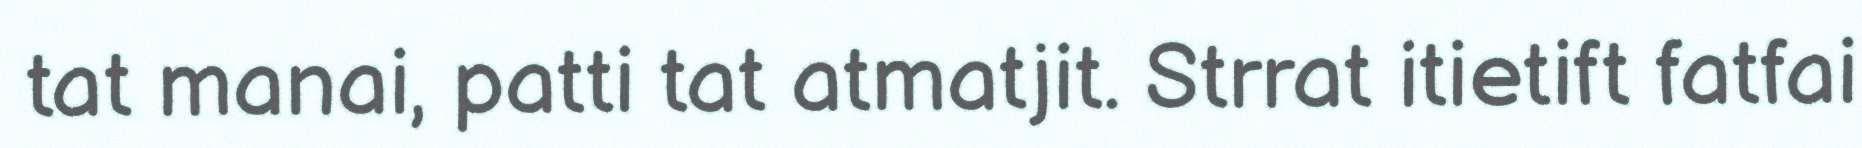
tat manai, patti tat atmatjit. Strrat itietift fatfai